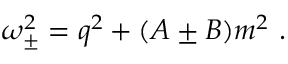
\omega _ { \pm } ^ { 2 } = q ^ { 2 } + ( A \pm B ) m ^ { 2 } \ .